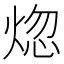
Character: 𬊡